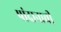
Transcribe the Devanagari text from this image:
पांदानाची